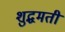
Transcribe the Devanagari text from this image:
शुद्धमती